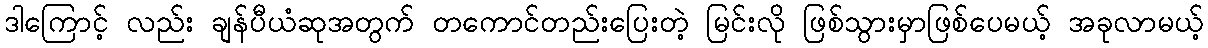
ဒါကြောင့် လည်း ချန်ပီယံဆုအတွက် တကောင်တည်းပြေးတဲ့ မြင်းလို ဖြစ်သွားမှာဖြစ်ပေမယ့် အခုလာမယ့်